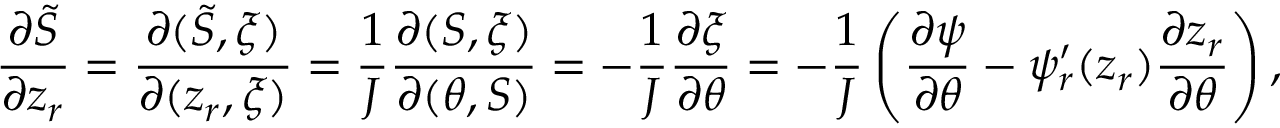
\frac { \partial \tilde { S } } { \partial z _ { r } } = \frac { \partial ( \tilde { S } , \xi ) } { \partial ( z _ { r } , \xi ) } = \frac { 1 } { J } \frac { \partial ( S , \xi ) } { \partial ( \theta , S ) } = - \frac { 1 } { J } \frac { \partial \xi } { \partial \theta } = - \frac { 1 } { J } \left( \frac { \partial \psi } { \partial \theta } - \psi _ { r } ^ { \prime } ( z _ { r } ) \frac { \partial z _ { r } } { \partial \theta } \right) ,